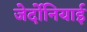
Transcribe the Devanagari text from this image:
जेर्दोनियाई